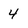
Character: 4